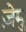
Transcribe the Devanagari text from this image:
ज़ेमु